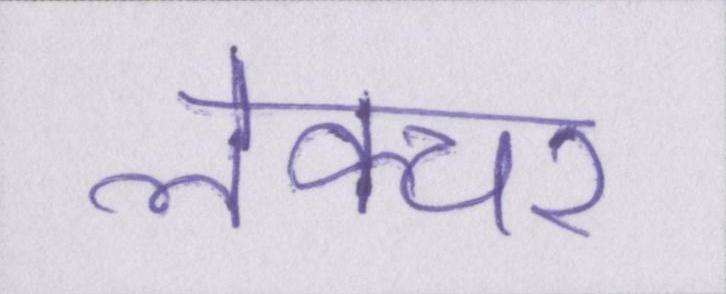
लेक्चर